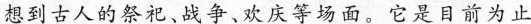
想到古人的祭祀、战争、欢庆等场面。它是目前为止